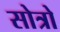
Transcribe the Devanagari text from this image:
सोत्रो